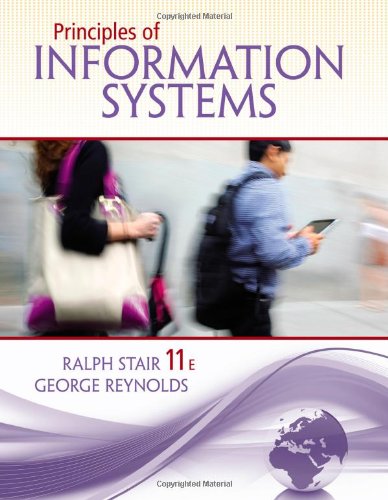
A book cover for Principles of Information Systems; Ralph Stair; Computers & Technology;